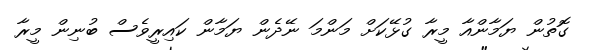
ގޮތުން ޔަމާންއާ މީރާ ގުޅޭކަށް މަންމަ ނޭދެން ޔަމާން ކައިރީވެސް ބުނިން މީރާ